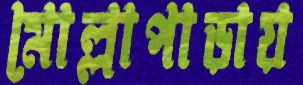
মোল্লাপাড়ায়